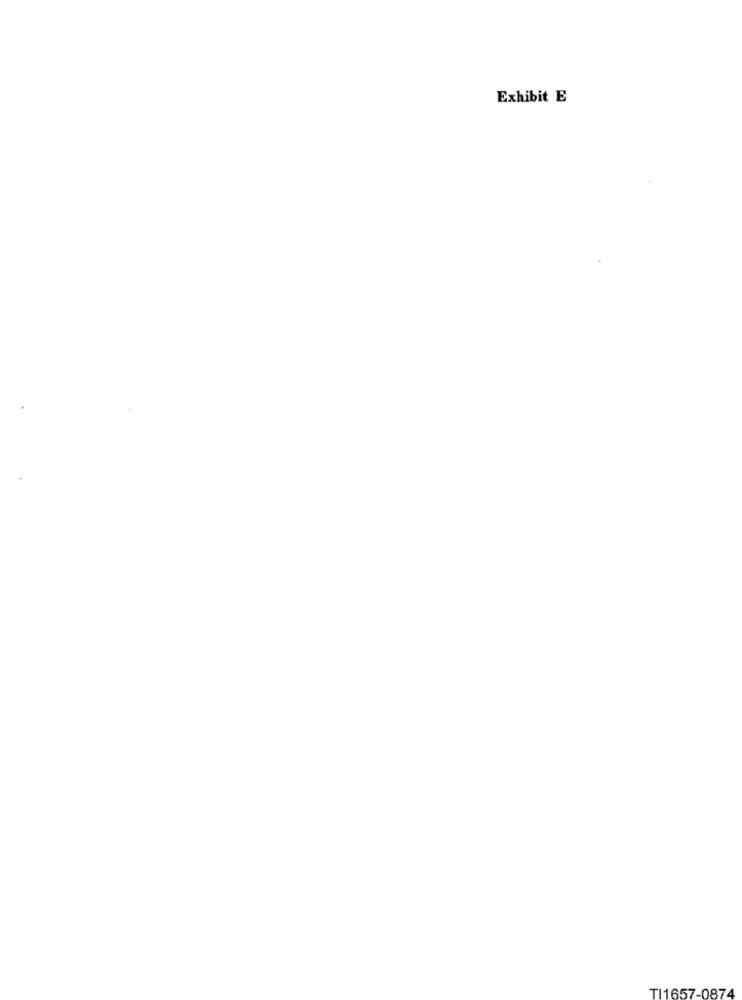
Exhibit E
TI1657-0874